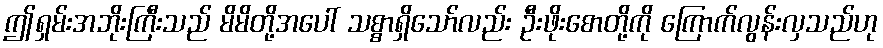
ဤရှမ်းအဘိုးကြီးသည် မိမိတို့အပေါ် သစ္စာရှိသော်လည်း ဦးဖိုးစောတို့ကို ကြောက်လွန်းလှသည်ဟု